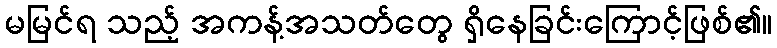
မမြင်ရ သည့် အကန့်အသတ်တွေ ရှိနေခြင်းကြောင့်ဖြစ်၏။